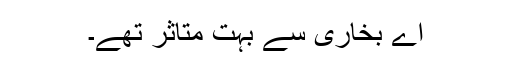
اے بخاری سے بہت متاثر تھے۔